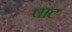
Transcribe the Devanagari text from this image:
षाट